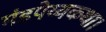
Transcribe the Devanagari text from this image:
मंडपेय्यकथा।